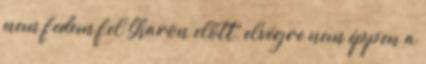
nem fedem fel Sharon előtt, elvégre nem éppen a